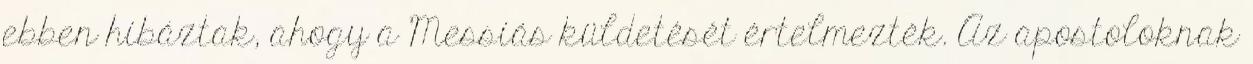
ebben hibáztak, ahogy a Messiás küldetését értelmezték. Az apostoloknak